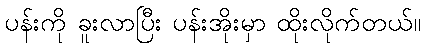
ပန်းကို ခူးလာပြီး ပန်းအိုးမှာ ထိုးလိုက်တယ်။